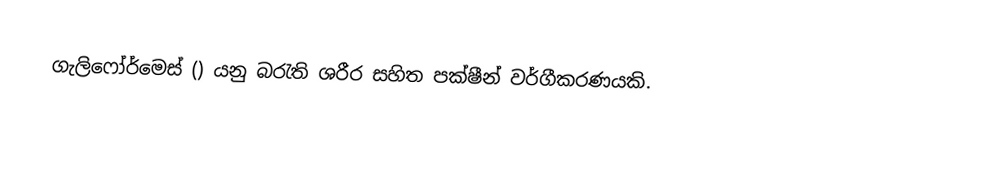
ගැලිෆෝර්මෙස් () යනු බරැති ශරීර සහිත පක්ෂීන් වර්ගීකරණයකි.